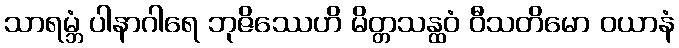
သာရမ္ဘံ ပါနာဂါရေ ဘုဇိဿေဟိ မိတ္တသန္ထဝံ ဝီသတိမော ဝယာနံ